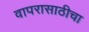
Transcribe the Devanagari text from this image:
वापरासाठीचा